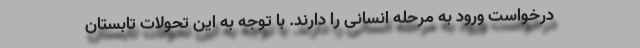
درخواست ورود به مرحله انسانی را دارند. با توجه به این تحولات تابستان